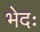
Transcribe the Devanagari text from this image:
भेदः